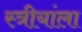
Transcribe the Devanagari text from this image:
स्त्रीयांला